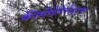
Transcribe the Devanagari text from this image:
कीमोहेटेरोट्राफ